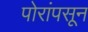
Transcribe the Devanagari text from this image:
पोरांपसून